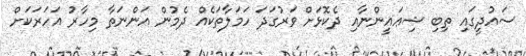
ސައުދީގައި ތިބި ޝިޢައީންނާއި ދެކޮޅަށް ވަރުގަދަ ހަމަލާތަކެއް ދެމުން އަންނަތާ މިހާރު އަހަރަކަށް